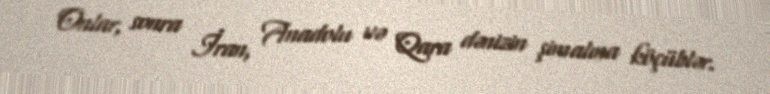
Onlar, sonra İran, Anadolu və Qara dənizin şimalına köçüblər.